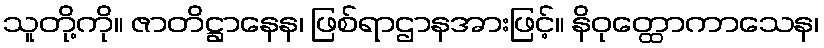
သူတို့ကို။ ဇာတိဋ္ဌာနေန၊ ဖြစ်ရာဌာနအားဖြင့်။ နိဝုတ္ထောကာသေန၊